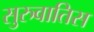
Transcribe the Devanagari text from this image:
सुरुवातिस